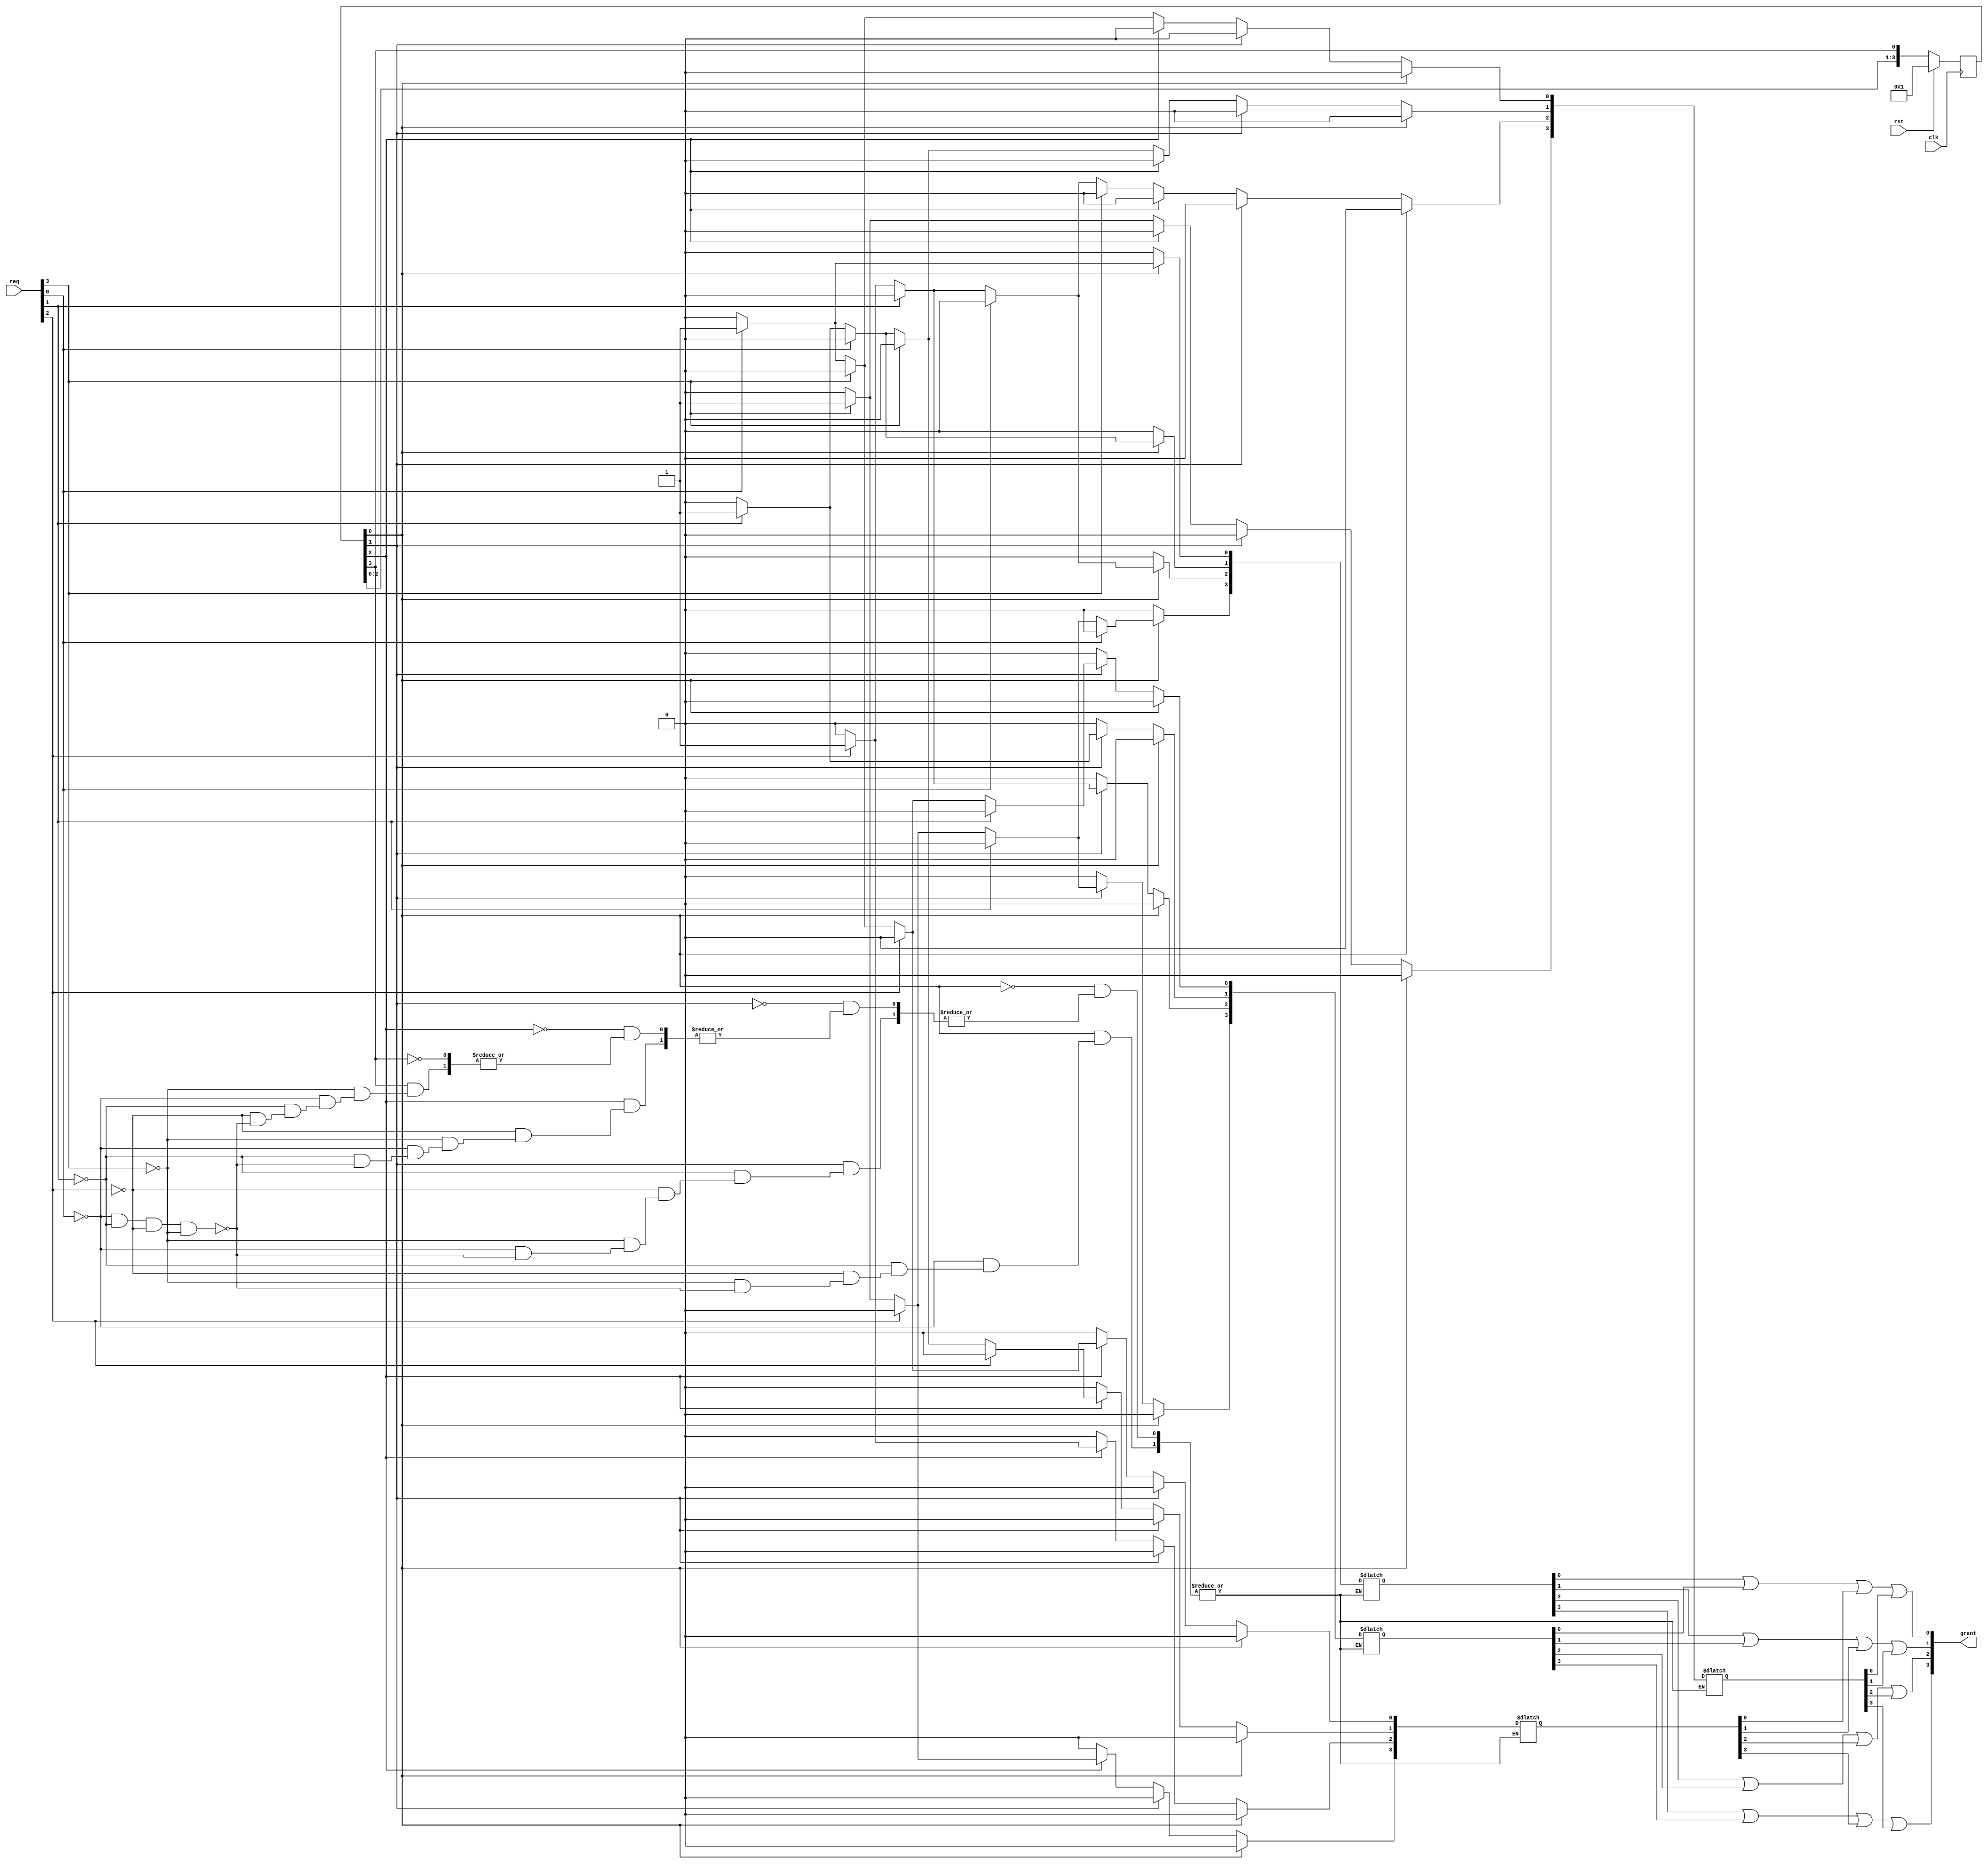
module arbiter#(parameter s0=2'b00,s1=2'b01,s2=2'b10,s3=2'b11)
(input clk,rst,input [3:0]req,output [3:0]grant);
reg[3:0]token;
reg [3:0]out0,out1,out2,out3;
always@(posedge clk)
begin
	if(rst)
	begin
		token<=4'b0001;
	end
	else if(rst==0)
		token<={token[2:0],token[3]};
end	
always@(token)
begin
			if(token[0]==1)
			begin
				if(req[0]==1)
					begin
						out0[0]<=1; out1<=4'b0000;
						out0[1]<=0; out2<=4'b0000;
						out0[2]<=0; out3<=4'b0000;
						out0[3]<=0;	
					end		
				else if(req[1]==1)
					begin
						out0[0]<=0; out1<=4'b0000;
						out0[1]<=1; out2<=4'b0000;
						out0[2]<=0; out3<=4'b0000;
						out0[3]<=0; 	
					end	
				else if(req[2]==1)
					begin
						out0[0]<=0; out1<=4'b0000;
						out0[1]<=0; out2<=4'b0000;
						out0[2]<=1; out3<=4'b0000;
						out0[3]<=0;	
					end
				else if(req[3]==1)
					begin
						out0[0]<=0; out1<=4'b0000;
						out0[1]<=0; out2<=4'b0000;
						out0[2]<=0; out3<=4'b0000;
						out0[3]<=1;	
					end	
				else if(req[0]==0&&req[1]==0&&req[2]==0&&req[3]==0)		
				begin
					out0<=4'b0000;
					out1<=4'b0000;
					out2<=4'b0000;
					out3<=4'b0000;
				end			
			end
			else if(token[1]==1)
			begin
				if(req[1]==1)
					begin
						out1[0]<=0; out0<=4'b0000;
						out1[1]<=1; out2<=4'b0000;
						out1[2]<=0; out3<=4'b0000;
						out1[3]<=0;	
					end		
				else if(req[2]==1)
					begin
						out1[0]<=0; out0<=4'b0000;
						out1[1]<=0; out2<=4'b0000;
						out1[2]<=1; out3<=4'b0000;
						out1[3]<=0;	
					end	
				else if(req[3]==1)
					begin
						out1[0]<=0; out0<=4'b0000;
						out1[1]<=0; out2<=4'b0000;
						out1[2]<=0; out3<=4'b0000;
						out1[3]<=1;	
					end
				else if(req[0]==1)
					begin
						out1[0]<=1; out0<=4'b0000;
						out1[1]<=0; out2<=4'b0000;
						out1[2]<=0; out3<=4'b0000;
						out1[3]<=0;	
					end					
				else if(req[0]==0&&req[1]==0&&req[2]==0&&req[3]==0)		
				begin
					out0<=4'b0000;
					out1<=4'b0000;
					out2<=4'b0000;
					out3<=4'b0000;
				end	
			end
		
			
			else if(token[2]==1)
			begin
				if(req[2]==1)
					begin
						out2[0]<=0; out0<=4'b0000;
						out2[1]<=0; out1<=4'b0000;
						out2[2]<=1; out3<=4'b0000;
						out2[3]<=0;	
					end		
				else if(req[3]==1)
					begin
						out2[0]<=0; out0<=4'b0000;
						out2[1]<=0; out1<=4'b0000;
						out2[2]<=0; out3<=4'b0000;
						out2[3]<=1;	
					end	
				else if(req[0]==1)
					begin
						out2[0]<=1; out0<=4'b0000;
						out2[1]<=0; out1<=4'b0000;
						out2[2]<=0; out3<=4'b0000;
						out2[3]<=0; 
					end
				else if(req[1]==1)
					begin
						out2[0]<=0; out0<=4'b0000;
						out2[1]<=1; out1<=4'b0000;
						out2[2]<=0; out3<=4'b0000;
						out2[3]<=0;	
					end	
				else if(req[0]==0&&req[1]==0&&req[2]==0&&req[3]==0)		
				begin
					out0<=4'b0000;
					out1<=4'b0000;
					out2<=4'b0000;
					out3<=4'b0000;
				end	
			end
			else if(token[3]==1)
			begin
				if(req[3]==1)
					begin
						out3[0]<=0; out0<=4'b0000;
						out3[1]<=0; out1<=4'b0000;
						out3[2]<=0; out2<=4'b0000;
						out3[3]<=1;	
					end		
				else if(req[0]==1)
					begin
						out3[0]<=1; out0<=4'b0000;
						out3[1]<=0; out1<=4'b0000;
						out3[2]<=0; out2<=4'b0000;
						out3[3]<=0;	
					end	
				else if(req[1]==1)
					begin
						out3[0]<=0; out0<=4'b0000;
						out3[1]<=1; out1<=4'b0000;
						out3[2]<=0; out2<=4'b0000;
						out3[3]<=0;	
					end
				else if(req[2]==1)
					begin
						out3[0]<=0; out0<=4'b0000;
						out3[1]<=0; out1<=4'b0000;
						out3[2]<=1; out2<=4'b0000;
						out3[3]<=0;	
					end	
				else if(req[0]==0&&req[1]==0&&req[2]==0&&req[3]==0)		
				begin
					out0<=4'b0000;
					out1<=4'b0000;
					out2<=4'b0000;
					out3<=4'b0000;
				end	
			end
				
end
or o1(grant[0],out0[0],out1[0],out2[0],out3[0]);
or o2(grant[1],out0[1],out1[1],out2[1],out3[1]);
or o3(grant[2],out0[2],out1[2],out2[2],out3[2]);
or o4(grant[3],out0[3],out1[3],out2[3],out3[3]);
endmodule